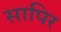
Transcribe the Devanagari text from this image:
सापिर